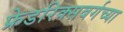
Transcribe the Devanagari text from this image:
फ्रेडरिक्सबर्गच्या